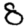
Digit: 8